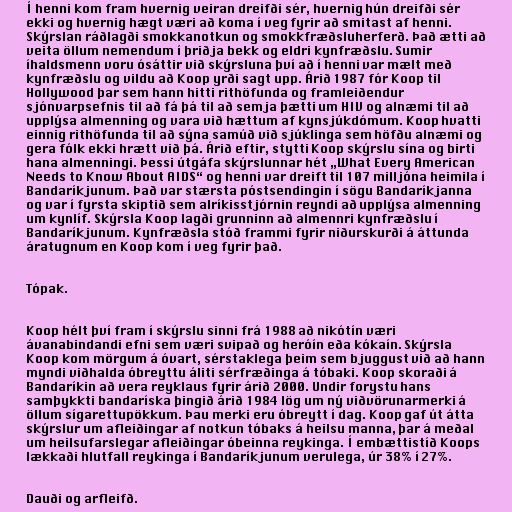
Í henni kom fram hvernig veiran dreifði sér, hvernig hún dreifði sér
ekki og hvernig hægt væri að koma í veg fyrir að smitast af henni.
Skýrslan ráðlagði smokkanotkun og smokkfræðsluherferð. Það ætti að
veita öllum nemendum í þriðja bekk og eldri kynfræðslu. Sumir
íhaldsmenn voru ósáttir við skýrsluna því að í henni var mælt með
kynfræðslu og vildu að Koop yrði sagt upp. Árið 1987 fór Koop til
Hollywood þar sem hann hitti rithöfunda og framleiðendur
sjónvarpsefnis til að fá þá til að semja þætti um HIV og alnæmi til að
upplýsa almenning og vara við hættum af kynsjúkdómum. Koop hvatti
einnig rithöfunda til að sýna samúð við sjúklinga sem höfðu alnæmi og
gera fólk ekki hrætt við þá. Árið eftir, stytti Koop skýrslu sína og birti
hana almenningi. Þessi útgáfa skýrslunnar hét „What Every American
Needs to Know About AIDS“ og henni var dreift til 107 milljóna heimila í
Bandaríkjunum. Það var stærsta póstsendingin í sögu Bandaríkjanna
og var í fyrsta skiptið sem alríkisstjórnin reyndi að upplýsa almenning
um kynlíf. Skýrsla Koop lagði grunninn að almennri kynfræðslu í
Bandaríkjunum. Kynfræðsla stóð frammi fyrir niðurskurði á áttunda
áratugnum en Koop kom í veg fyrir það.

Tópak.

Koop hélt því fram í skýrslu sinni frá 1988 að nikótín væri
ávanabindandi efni sem væri svipað og heróín eða kókaín. Skýrsla
Koop kom mörgum á óvart, sérstaklega þeim sem bjuggust við að hann
myndi viðhalda óbreyttu áliti sérfræðinga á tóbaki. Koop skoraði á
Bandaríkin að vera reyklaus fyrir árið 2000. Undir forystu hans
samþykkti bandaríska þingið árið 1984 lög um ný viðvörunarmerki á
öllum sígarettupökkum. Þau merki eru óbreytt í dag. Koop gaf út átta
skýrslur um afleiðingar af notkun tóbaks á heilsu manna, þar á meðal
um heilsufarslegar afleiðingar óbeinna reykinga. Í embættistíð Koops
lækkaði hlutfall reykinga í Bandaríkjunum verulega, úr 38% í 27%.

Dauði og arfleifð.